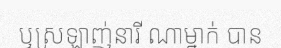
ឬស្រឡាញ់នារី ណាម្នាក់ បាន